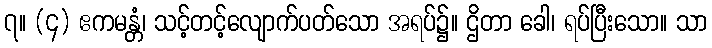
၇။ (၄) ဧကမန္တံ၊ သင့်တင့်လျောက်ပတ်သော အရပ်၌။ ဌိတာ ခေါ၊ ရပ်ပြီးသော။ သာ